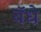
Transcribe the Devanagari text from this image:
बॅधे